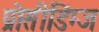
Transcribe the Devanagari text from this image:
प्रोसीडिंग्ज